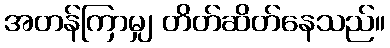
အတန်ကြာမျှ တိတ်ဆိတ်နေသည်။